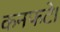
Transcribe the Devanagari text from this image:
कनफटे।